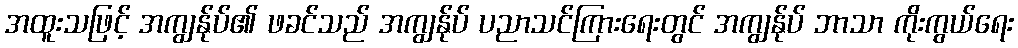
အထူးသဖြင့် အကျွန်ုပ်၏ ဖခင်သည် အကျွန်ုပ် ပညာသင်ကြားရေးတွင် အကျွန်ုပ် ဘာသာ ကိုးကွယ်ရေး